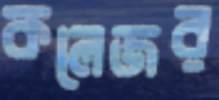
কলেজর